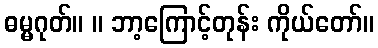
ဓမ္မဂုတ်။ ။ ဘာ့ကြောင့်တုန်း ကိုယ်တော်။